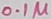
Text: 0.1µ